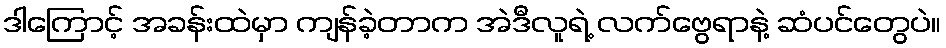
ဒါကြောင့် အခန်းထဲမှာ ကျန်ခဲ့တာက အဲဒီလူရဲ့ လက်ဗွေရာနဲ့ ဆံပင်တွေပဲ။